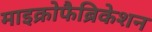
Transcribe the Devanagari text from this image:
माइक्रोफैब्रिकेशन